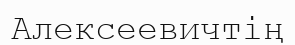
Алексеевичтің